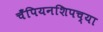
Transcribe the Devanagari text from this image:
चँपियनशिपच्या